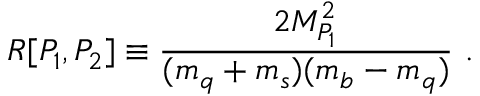
R [ P _ { 1 } , P _ { 2 } ] \equiv \frac { 2 M _ { P _ { 1 } } ^ { 2 } } { ( m _ { q } + m _ { s } ) ( m _ { b } - m _ { q } ) } \ .